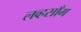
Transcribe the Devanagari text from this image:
लव्हसाँग